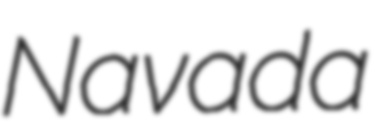
Navada